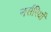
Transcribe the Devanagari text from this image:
नर्सरियाँ